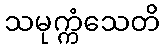
သမုက္ကံသေတိ